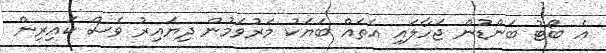
އެ ބޯޓު ބަންޑުން ޖަހާލައި އެތައް ބަޔަކު މަރުވަމުން ދިޔައިރު ވެސް ކައިރިން